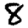
Digit: 8